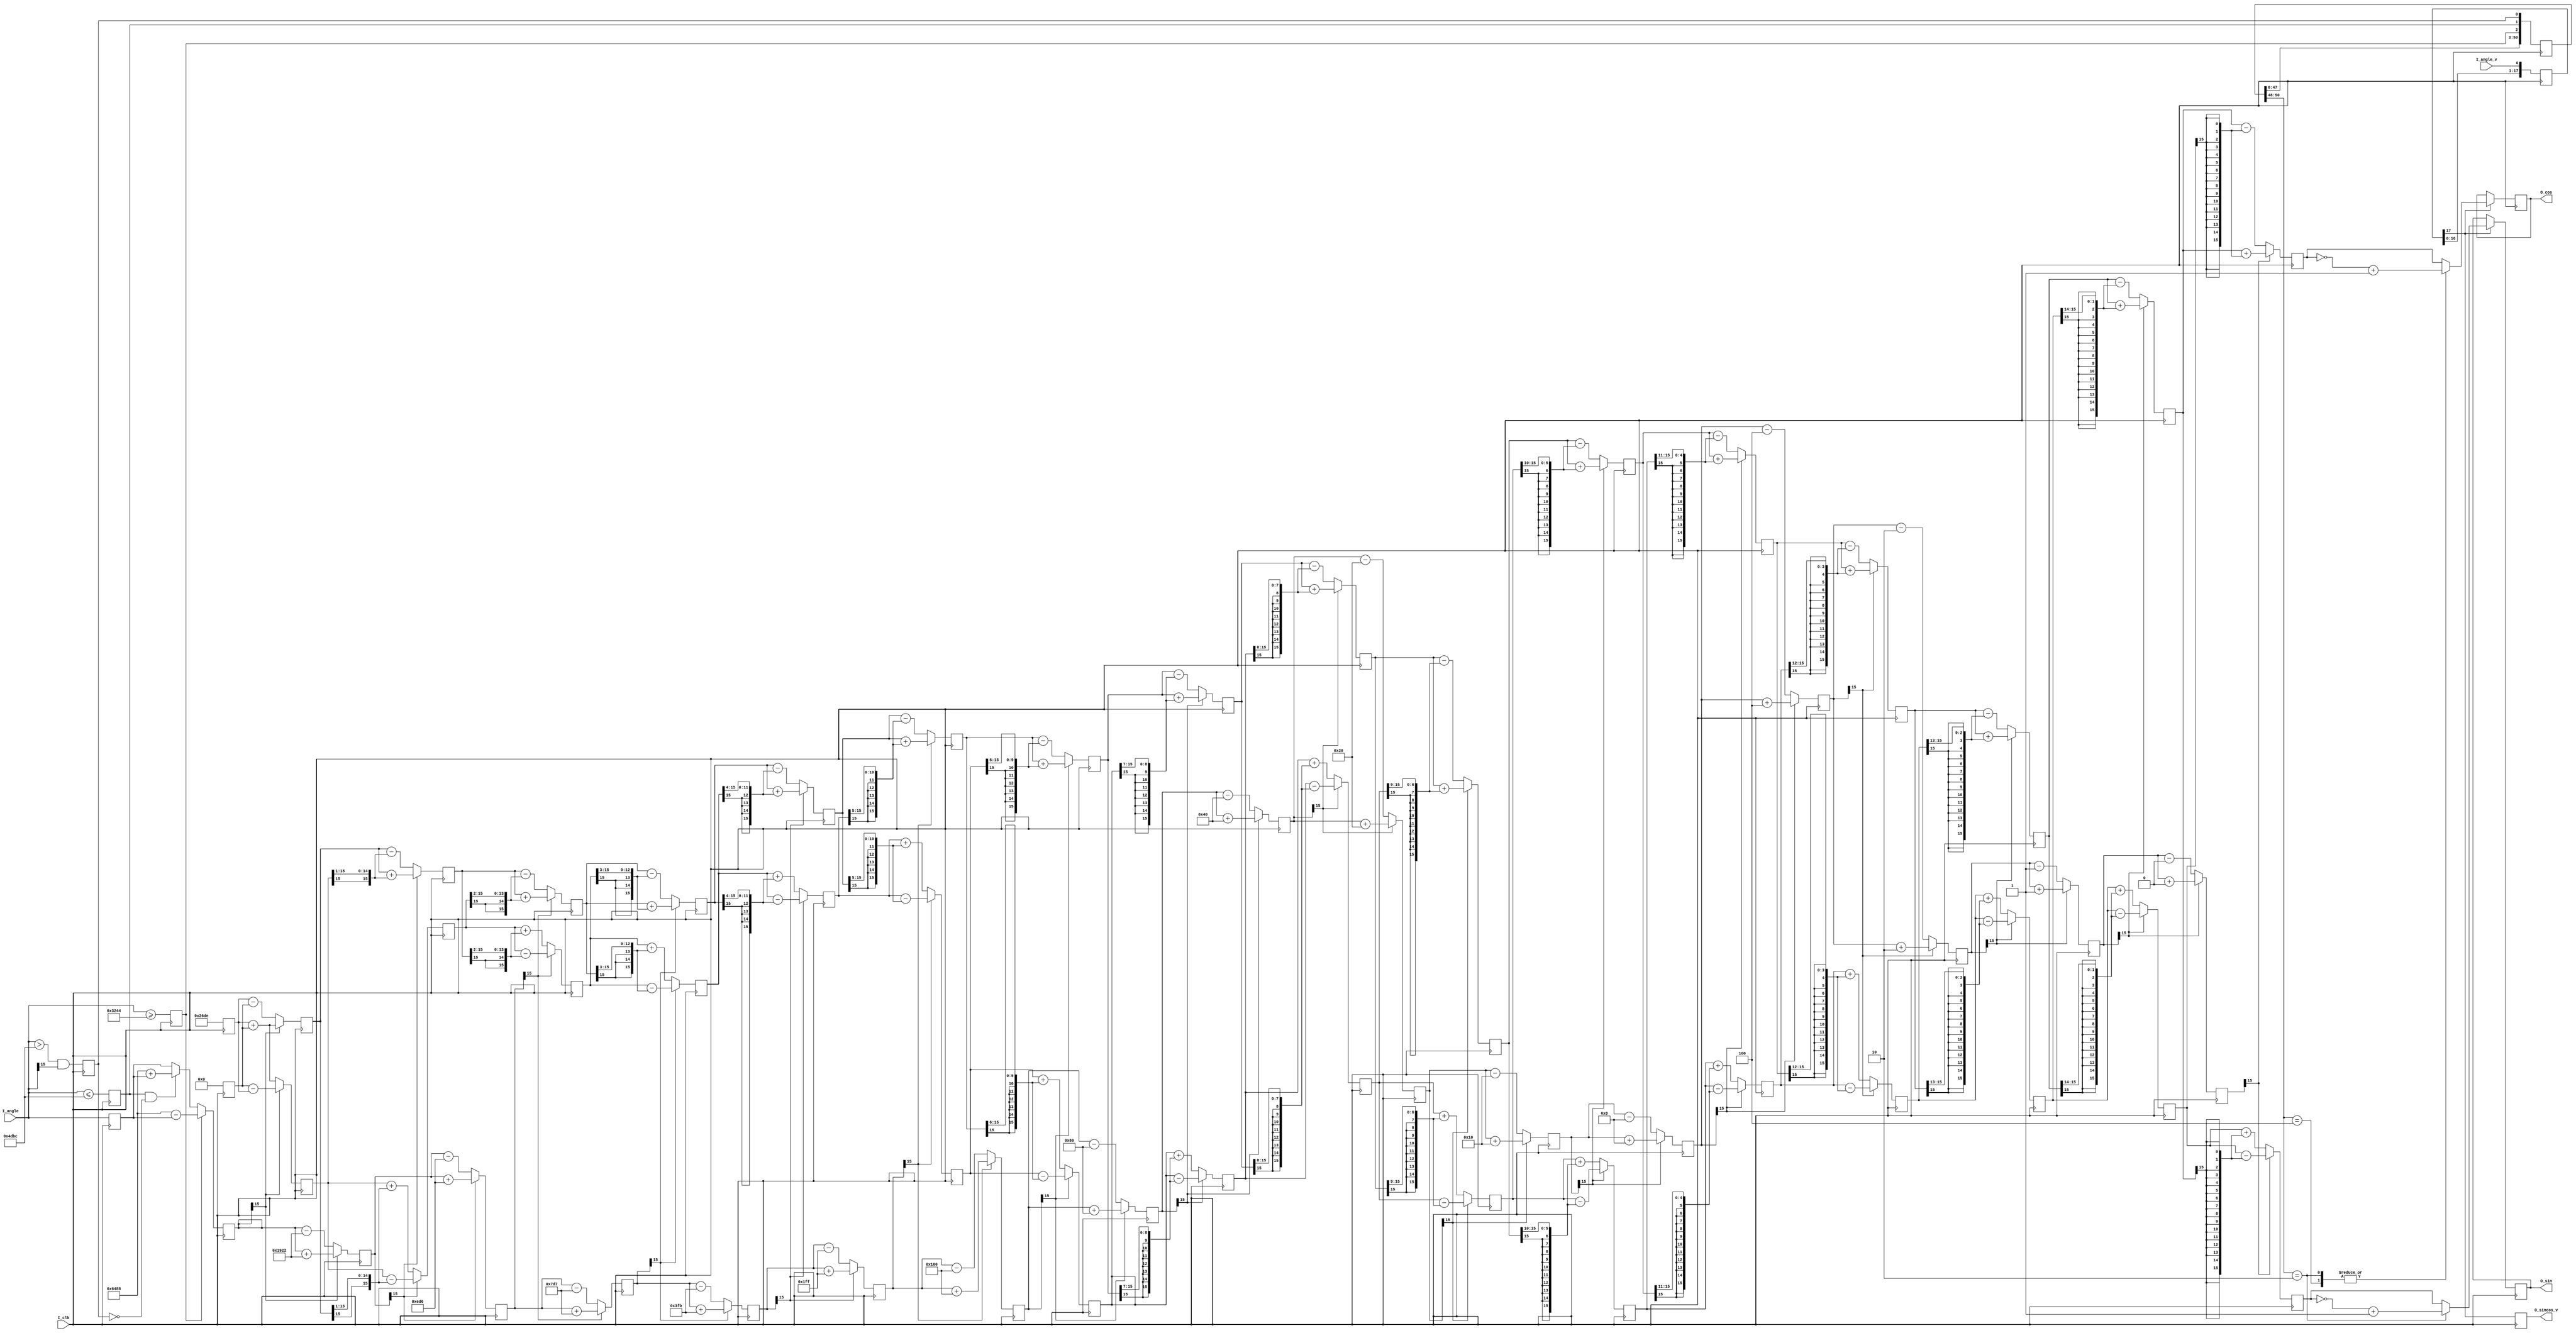
`timescale 1ns/100ps
module cordic_sincos
#(
parameter C_ANGLE_WIDTH     = 16 ,
parameter C_SINCOS_WIDTH    = 16 ,
parameter C_ITERATION_TIMES = 16 ,
parameter C_PIPELINE        = 1
)
(
input                                       I_clk     ,
input       signed   [C_ANGLE_WIDTH-1:0]    I_angle   ,
input                                       I_angle_v ,
output reg           [C_SINCOS_WIDTH-1:0]   O_sin     ,
output reg           [C_SINCOS_WIDTH-1:0]   O_cos     ,
output reg                                  O_sincos_v
);

localparam C_SHIFT_WIDTH = F_cal_width(C_SINCOS_WIDTH);
localparam C_ITER_WIDTH = F_cal_width(C_ITERATION_TIMES);

integer S_i;
wire signed [C_ANGLE_WIDTH-1:0] S_halfpi_pos = 3.141592653589793 * (2**(C_ANGLE_WIDTH-4));
wire signed [C_ANGLE_WIDTH-1:0] S_halfpi_neg = -3.141592653589793 * (2**(C_ANGLE_WIDTH-4));
wire [C_ANGLE_WIDTH-1:0] S_pi_pos = 3.141592653589793 * (2**(C_ANGLE_WIDTH-3));
wire [C_ANGLE_WIDTH-1:0] S_pi_neg = -3.141592653589793 * (2**(C_ANGLE_WIDTH-3));
reg S_pi_id1 = 0;
reg S_pi_id2 = 0;
reg S_pi_id3 = 0;
reg [C_ANGLE_WIDTH-1:0] S_angle = 0;
//pipeline
wire [C_ANGLE_WIDTH-1:0] S_atan_step_pipeline [31:0];
reg [C_SINCOS_WIDTH-1:0] S_data_i_shift [C_ITERATION_TIMES:0];
reg [C_SINCOS_WIDTH-1:0] S_data_q_shift [C_ITERATION_TIMES:0];
reg [C_ANGLE_WIDTH-1:0] S_angle_pipeline [C_ITERATION_TIMES:0];
reg [C_ITERATION_TIMES+1:0] S_angle_v_slr = 0;
reg [C_ITERATION_TIMES*3+2:0] S_quad_slr = 0;
//non-pipeline
wire [C_ANGLE_WIDTH*32-1:0] S_atan_step;
reg [2:0] S_quad = 0;
reg S_iter_v = 0;
reg [C_ITER_WIDTH-1:0] S_iter_cnt = 0;
reg [C_ITER_WIDTH-1:0] S_iter_cnt_d = 0;
reg S_iter_over = 0;
reg S_angle_v = 0;
reg S_angle_v_d = 0;
reg signed [C_SINCOS_WIDTH-1:0] S_data_i_iter = 0;
reg signed [C_SINCOS_WIDTH-1:0] S_data_q_iter = 0;
reg [C_ANGLE_WIDTH*32-1:0] S_atan_step_slr;
reg [C_ANGLE_WIDTH-1:0] S_angle_iter = 0;


always @(posedge I_clk)
begin
    S_pi_id1 <= I_angle >= S_halfpi_pos;
    S_pi_id2 <= I_angle <= S_halfpi_neg;
    S_pi_id3 <= (I_angle > S_halfpi_neg) && I_angle[C_ANGLE_WIDTH-1];
    S_angle <= I_angle;
    if(S_pi_id1)
        S_angle_pipeline[0] <= S_pi_pos - S_angle;
    else if(S_pi_id2 && !S_pi_id3)
        S_angle_pipeline[0] <= S_pi_pos + S_angle;
    else
        S_angle_pipeline[0] <= S_angle;
    S_data_i_shift[0] <= 0.6073 * (2**(C_SINCOS_WIDTH-2));
    S_data_q_shift[0] <= 'd0;
    S_quad_slr <= {S_quad_slr[C_ITERATION_TIMES*3-1:0],S_pi_id1,S_pi_id2,S_pi_id3};
    S_angle_v_slr <= {S_angle_v_slr[C_ITERATION_TIMES:0],I_angle_v};
end

generate
if(C_PIPELINE==1)
begin:pipeline

always @(posedge I_clk)
begin
    O_sincos_v <= S_angle_v_slr[C_ITERATION_TIMES+1];
    if(S_angle_v_slr[C_ITERATION_TIMES+1])
    begin
        case(S_quad_slr[C_ITERATION_TIMES*3+2:C_ITERATION_TIMES*3])
        3'b100:
        begin
            O_sin <= S_data_q_shift[C_ITERATION_TIMES];
            O_cos <= ~S_data_i_shift[C_ITERATION_TIMES]+'d1;
        end
        3'b010:
        begin
            O_sin <= ~S_data_q_shift[C_ITERATION_TIMES]+'d1;
            O_cos <= ~S_data_i_shift[C_ITERATION_TIMES]+'d1;
        end
        default:
        begin
            O_sin <= S_data_q_shift[C_ITERATION_TIMES];
            O_cos <= S_data_i_shift[C_ITERATION_TIMES];
        end
        endcase
    end
end

end
else
begin:non_pipeline

always @(posedge I_clk)
begin
    O_sincos_v <= S_iter_over;
    if(S_iter_over)
    begin
        case(S_quad)
        3'b100:
        begin
            O_sin <= S_data_q_iter;
            O_cos <= ~S_data_i_iter+'d1;
        end
        3'b010:
        begin
            O_sin <= ~S_data_q_iter+'d1;
            O_cos <= ~S_data_i_iter+'d1;
        end
        default:
        begin
            O_sin <= S_data_q_iter;
            O_cos <= S_data_i_iter;
        end
        endcase
    end
end

end
endgenerate

//--------------------------------
//pipeline
//--------------------------------
assign S_atan_step_pipeline[0]  = 0.785398163397448 * (2**(C_ANGLE_WIDTH-3));
assign S_atan_step_pipeline[1]  = 0.463647609000806 * (2**(C_ANGLE_WIDTH-3));
assign S_atan_step_pipeline[2]  = 0.244978663126864 * (2**(C_ANGLE_WIDTH-3));
assign S_atan_step_pipeline[3]  = 0.124354994546761 * (2**(C_ANGLE_WIDTH-3));
assign S_atan_step_pipeline[4]  = 0.062418809995957 * (2**(C_ANGLE_WIDTH-3));
assign S_atan_step_pipeline[5]  = 0.031239833430268 * (2**(C_ANGLE_WIDTH-3));
assign S_atan_step_pipeline[6]  = 0.015623728620477 * (2**(C_ANGLE_WIDTH-3));
assign S_atan_step_pipeline[7]  = 0.007812341060101 * (2**(C_ANGLE_WIDTH-3));
assign S_atan_step_pipeline[8]  = 0.003906230131967 * (2**(C_ANGLE_WIDTH-3));
assign S_atan_step_pipeline[9]  = 0.001953122516479 * (2**(C_ANGLE_WIDTH-3));
assign S_atan_step_pipeline[10] = 0.000976562189559 * (2**(C_ANGLE_WIDTH-3));
assign S_atan_step_pipeline[11] = 0.000488281211195 * (2**(C_ANGLE_WIDTH-3));
assign S_atan_step_pipeline[12] = 0.000244140620149 * (2**(C_ANGLE_WIDTH-3));
assign S_atan_step_pipeline[13] = 0.000122070311894 * (2**(C_ANGLE_WIDTH-3));
assign S_atan_step_pipeline[14] = 0.000061035156174 * (2**(C_ANGLE_WIDTH-3));
assign S_atan_step_pipeline[15] = 0.000030517578116 * (2**(C_ANGLE_WIDTH-3));
assign S_atan_step_pipeline[16] = 0.000015258789061 * (2**(C_ANGLE_WIDTH-3));
assign S_atan_step_pipeline[17] = 0.000007629394531 * (2**(C_ANGLE_WIDTH-3));
assign S_atan_step_pipeline[18] = 0.000003814697266 * (2**(C_ANGLE_WIDTH-3));
assign S_atan_step_pipeline[19] = 0.000001907348633 * (2**(C_ANGLE_WIDTH-3));
assign S_atan_step_pipeline[20] = 0.000000953674316 * (2**(C_ANGLE_WIDTH-3));
assign S_atan_step_pipeline[21] = 0.000000476837158 * (2**(C_ANGLE_WIDTH-3));
assign S_atan_step_pipeline[22] = 0.000000238418579 * (2**(C_ANGLE_WIDTH-3));
assign S_atan_step_pipeline[23] = 0.000000119209290 * (2**(C_ANGLE_WIDTH-3));
assign S_atan_step_pipeline[24] = 0.000000059604645 * (2**(C_ANGLE_WIDTH-3));
assign S_atan_step_pipeline[25] = 0.000000029802322 * (2**(C_ANGLE_WIDTH-3));
assign S_atan_step_pipeline[26] = 0.000000014901161 * (2**(C_ANGLE_WIDTH-3));
assign S_atan_step_pipeline[27] = 0.000000007450581 * (2**(C_ANGLE_WIDTH-3));
assign S_atan_step_pipeline[28] = 0.000000003725290 * (2**(C_ANGLE_WIDTH-3));
assign S_atan_step_pipeline[29] = 0.000000001862645 * (2**(C_ANGLE_WIDTH-3));
assign S_atan_step_pipeline[30] = 0.000000000931323 * (2**(C_ANGLE_WIDTH-3));
assign S_atan_step_pipeline[31] = 0.000000000465661 * (2**(C_ANGLE_WIDTH-3));

genvar gen_i;
generate
for(gen_i=0;gen_i<C_ITERATION_TIMES;gen_i=gen_i+1)
begin:parallel_iteration

always @(posedge I_clk)
begin
    if(S_angle_pipeline[gen_i][C_SINCOS_WIDTH-1])
    begin
        S_data_i_shift[gen_i+1] <= S_data_i_shift[gen_i] + {{gen_i{S_data_q_shift[gen_i][C_SINCOS_WIDTH-1]}},S_data_q_shift[gen_i][C_SINCOS_WIDTH-1:gen_i]};
        S_data_q_shift[gen_i+1] <= S_data_q_shift[gen_i] - {{gen_i{S_data_i_shift[gen_i][C_SINCOS_WIDTH-1]}},S_data_i_shift[gen_i][C_SINCOS_WIDTH-1:gen_i]};
        S_angle_pipeline[gen_i+1] <= S_angle_pipeline[gen_i] + S_atan_step_pipeline[gen_i];
    end
    else
    begin
        S_data_i_shift[gen_i+1] <= S_data_i_shift[gen_i] - {{gen_i{S_data_q_shift[gen_i][C_SINCOS_WIDTH-1]}},S_data_q_shift[gen_i][C_SINCOS_WIDTH-1:gen_i]};
        S_data_q_shift[gen_i+1] <= S_data_q_shift[gen_i] + {{gen_i{S_data_i_shift[gen_i][C_SINCOS_WIDTH-1]}},S_data_i_shift[gen_i][C_SINCOS_WIDTH-1:gen_i]};
        S_angle_pipeline[gen_i+1] <= S_angle_pipeline[gen_i] - S_atan_step_pipeline[gen_i];
    end
end

end
endgenerate

//-------------------------------
//non-pipeline
//-------------------------------
assign S_atan_step[C_ANGLE_WIDTH*0 +:C_ANGLE_WIDTH]  = 0.785398163397448 * (2**(C_ANGLE_WIDTH-3));
assign S_atan_step[C_ANGLE_WIDTH*1 +:C_ANGLE_WIDTH]  = 0.463647609000806 * (2**(C_ANGLE_WIDTH-3));
assign S_atan_step[C_ANGLE_WIDTH*2 +:C_ANGLE_WIDTH]  = 0.244978663126864 * (2**(C_ANGLE_WIDTH-3));
assign S_atan_step[C_ANGLE_WIDTH*3 +:C_ANGLE_WIDTH]  = 0.124354994546761 * (2**(C_ANGLE_WIDTH-3));
assign S_atan_step[C_ANGLE_WIDTH*4 +:C_ANGLE_WIDTH]  = 0.062418809995957 * (2**(C_ANGLE_WIDTH-3));
assign S_atan_step[C_ANGLE_WIDTH*5 +:C_ANGLE_WIDTH]  = 0.031239833430268 * (2**(C_ANGLE_WIDTH-3));
assign S_atan_step[C_ANGLE_WIDTH*6 +:C_ANGLE_WIDTH]  = 0.015623728620477 * (2**(C_ANGLE_WIDTH-3));
assign S_atan_step[C_ANGLE_WIDTH*7 +:C_ANGLE_WIDTH]  = 0.007812341060101 * (2**(C_ANGLE_WIDTH-3));
assign S_atan_step[C_ANGLE_WIDTH*8 +:C_ANGLE_WIDTH]  = 0.003906230131967 * (2**(C_ANGLE_WIDTH-3));
assign S_atan_step[C_ANGLE_WIDTH*9 +:C_ANGLE_WIDTH]  = 0.001953122516479 * (2**(C_ANGLE_WIDTH-3));
assign S_atan_step[C_ANGLE_WIDTH*10+:C_ANGLE_WIDTH] = 0.000976562189559 * (2**(C_ANGLE_WIDTH-3));
assign S_atan_step[C_ANGLE_WIDTH*11+:C_ANGLE_WIDTH] = 0.000488281211195 * (2**(C_ANGLE_WIDTH-3));
assign S_atan_step[C_ANGLE_WIDTH*12+:C_ANGLE_WIDTH] = 0.000244140620149 * (2**(C_ANGLE_WIDTH-3));
assign S_atan_step[C_ANGLE_WIDTH*13+:C_ANGLE_WIDTH] = 0.000122070311894 * (2**(C_ANGLE_WIDTH-3));
assign S_atan_step[C_ANGLE_WIDTH*14+:C_ANGLE_WIDTH] = 0.000061035156174 * (2**(C_ANGLE_WIDTH-3));
assign S_atan_step[C_ANGLE_WIDTH*15+:C_ANGLE_WIDTH] = 0.000030517578116 * (2**(C_ANGLE_WIDTH-3));
assign S_atan_step[C_ANGLE_WIDTH*16+:C_ANGLE_WIDTH] = 0.000015258789061 * (2**(C_ANGLE_WIDTH-3));
assign S_atan_step[C_ANGLE_WIDTH*17+:C_ANGLE_WIDTH] = 0.000007629394531 * (2**(C_ANGLE_WIDTH-3));
assign S_atan_step[C_ANGLE_WIDTH*18+:C_ANGLE_WIDTH] = 0.000003814697266 * (2**(C_ANGLE_WIDTH-3));
assign S_atan_step[C_ANGLE_WIDTH*19+:C_ANGLE_WIDTH] = 0.000001907348633 * (2**(C_ANGLE_WIDTH-3));
assign S_atan_step[C_ANGLE_WIDTH*20+:C_ANGLE_WIDTH] = 0.000000953674316 * (2**(C_ANGLE_WIDTH-3));
assign S_atan_step[C_ANGLE_WIDTH*21+:C_ANGLE_WIDTH] = 0.000000476837158 * (2**(C_ANGLE_WIDTH-3));
assign S_atan_step[C_ANGLE_WIDTH*22+:C_ANGLE_WIDTH] = 0.000000238418579 * (2**(C_ANGLE_WIDTH-3));
assign S_atan_step[C_ANGLE_WIDTH*23+:C_ANGLE_WIDTH] = 0.000000119209290 * (2**(C_ANGLE_WIDTH-3));
assign S_atan_step[C_ANGLE_WIDTH*24+:C_ANGLE_WIDTH] = 0.000000059604645 * (2**(C_ANGLE_WIDTH-3));
assign S_atan_step[C_ANGLE_WIDTH*25+:C_ANGLE_WIDTH] = 0.000000029802322 * (2**(C_ANGLE_WIDTH-3));
assign S_atan_step[C_ANGLE_WIDTH*26+:C_ANGLE_WIDTH] = 0.000000014901161 * (2**(C_ANGLE_WIDTH-3));
assign S_atan_step[C_ANGLE_WIDTH*27+:C_ANGLE_WIDTH] = 0.000000007450581 * (2**(C_ANGLE_WIDTH-3));
assign S_atan_step[C_ANGLE_WIDTH*28+:C_ANGLE_WIDTH] = 0.000000003725290 * (2**(C_ANGLE_WIDTH-3));
assign S_atan_step[C_ANGLE_WIDTH*29+:C_ANGLE_WIDTH] = 0.000000001862645 * (2**(C_ANGLE_WIDTH-3));
assign S_atan_step[C_ANGLE_WIDTH*30+:C_ANGLE_WIDTH] = 0.000000000931323 * (2**(C_ANGLE_WIDTH-3));
assign S_atan_step[C_ANGLE_WIDTH*31+:C_ANGLE_WIDTH] = 0.000000000465661 * (2**(C_ANGLE_WIDTH-3));

always @(posedge I_clk)
begin
    S_angle_v   <= I_angle_v;
    S_angle_v_d <= S_angle_v;
    if(S_angle_v)
    begin
        S_quad <= {S_pi_id1,S_pi_id2,S_pi_id3};
    end
    
    if(S_angle_v)
        S_iter_v <= 'd1;
    else if(S_iter_cnt == C_ITERATION_TIMES)
        S_iter_v <= 'd0;
    
    if(S_iter_v)    
        S_iter_cnt <= S_iter_cnt + 'd1;
    else
        S_iter_cnt <= 'd0;
    S_iter_over <= S_iter_cnt == C_ITERATION_TIMES;
    S_iter_cnt_d <= S_iter_cnt;
end

always @(posedge I_clk)
begin
    if(S_angle_v_d)
    begin
        S_data_i_iter <= 0.6073 * (2**(C_SINCOS_WIDTH-2));
        S_data_q_iter <= 'd0;
        S_angle_iter <= S_angle_pipeline[0];
        S_atan_step_slr <= S_atan_step;
    end
    else
    begin
        if(S_angle_iter[C_ANGLE_WIDTH-1])
        begin
            S_data_i_iter <= S_data_i_iter + (S_data_q_iter>>>S_iter_cnt_d);
            S_data_q_iter <= S_data_q_iter - (S_data_i_iter>>>S_iter_cnt_d);
            S_angle_iter <= S_angle_iter + S_atan_step_slr[C_ANGLE_WIDTH-1:0];
        end
        else
        begin
            S_data_i_iter <= S_data_i_iter - (S_data_q_iter>>>S_iter_cnt_d);
            S_data_q_iter <= S_data_q_iter + (S_data_i_iter>>>S_iter_cnt_d);
            S_angle_iter <= S_angle_iter - S_atan_step_slr[C_ANGLE_WIDTH-1:0];
        end
        S_atan_step_slr <= S_atan_step_slr >> C_ANGLE_WIDTH;
    end
end


function integer F_cal_width;
input integer I_data;
integer i;
begin
    for(i=1;(2**i)<=I_data;i=i+1)
    F_cal_width = i;
    F_cal_width = i;
end
endfunction

endmodule